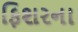
ફિશરના